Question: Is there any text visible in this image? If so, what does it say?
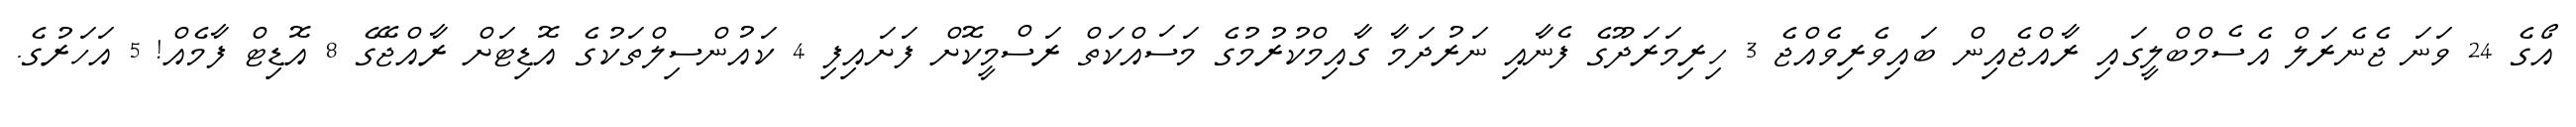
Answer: އޯގެ 24 ވަނަ ޖެނެރަލް އެސެމްބްލީގައި ރާއްޖެއިން ބައިވެރިވެއްޖެ 3 ހިރިމަރަދޫގެ ފެނާއި ނަރުދަމާ ގާއިމްކުރުމުގެ މަސައްކަތް ރަސްމީކޮށް ފަށައިފި 4 ކައުންސިލްތަކުގެ އޮޑިޓަށް ރާއްޖޭގެ 8 އޮޑިޓް ފާމެއް! 5 އަހަރުގެ.